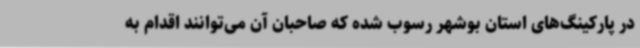
در پارکینگ‌های استان بوشهر رسوب شده که صاحبان آن می‌توانند اقدام به